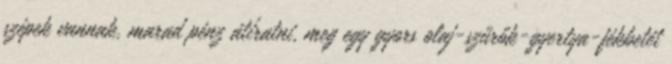
szépek vannak, marad pénz átíratni, meg egy gyors olaj-szűrők-gyertya-fékbetét